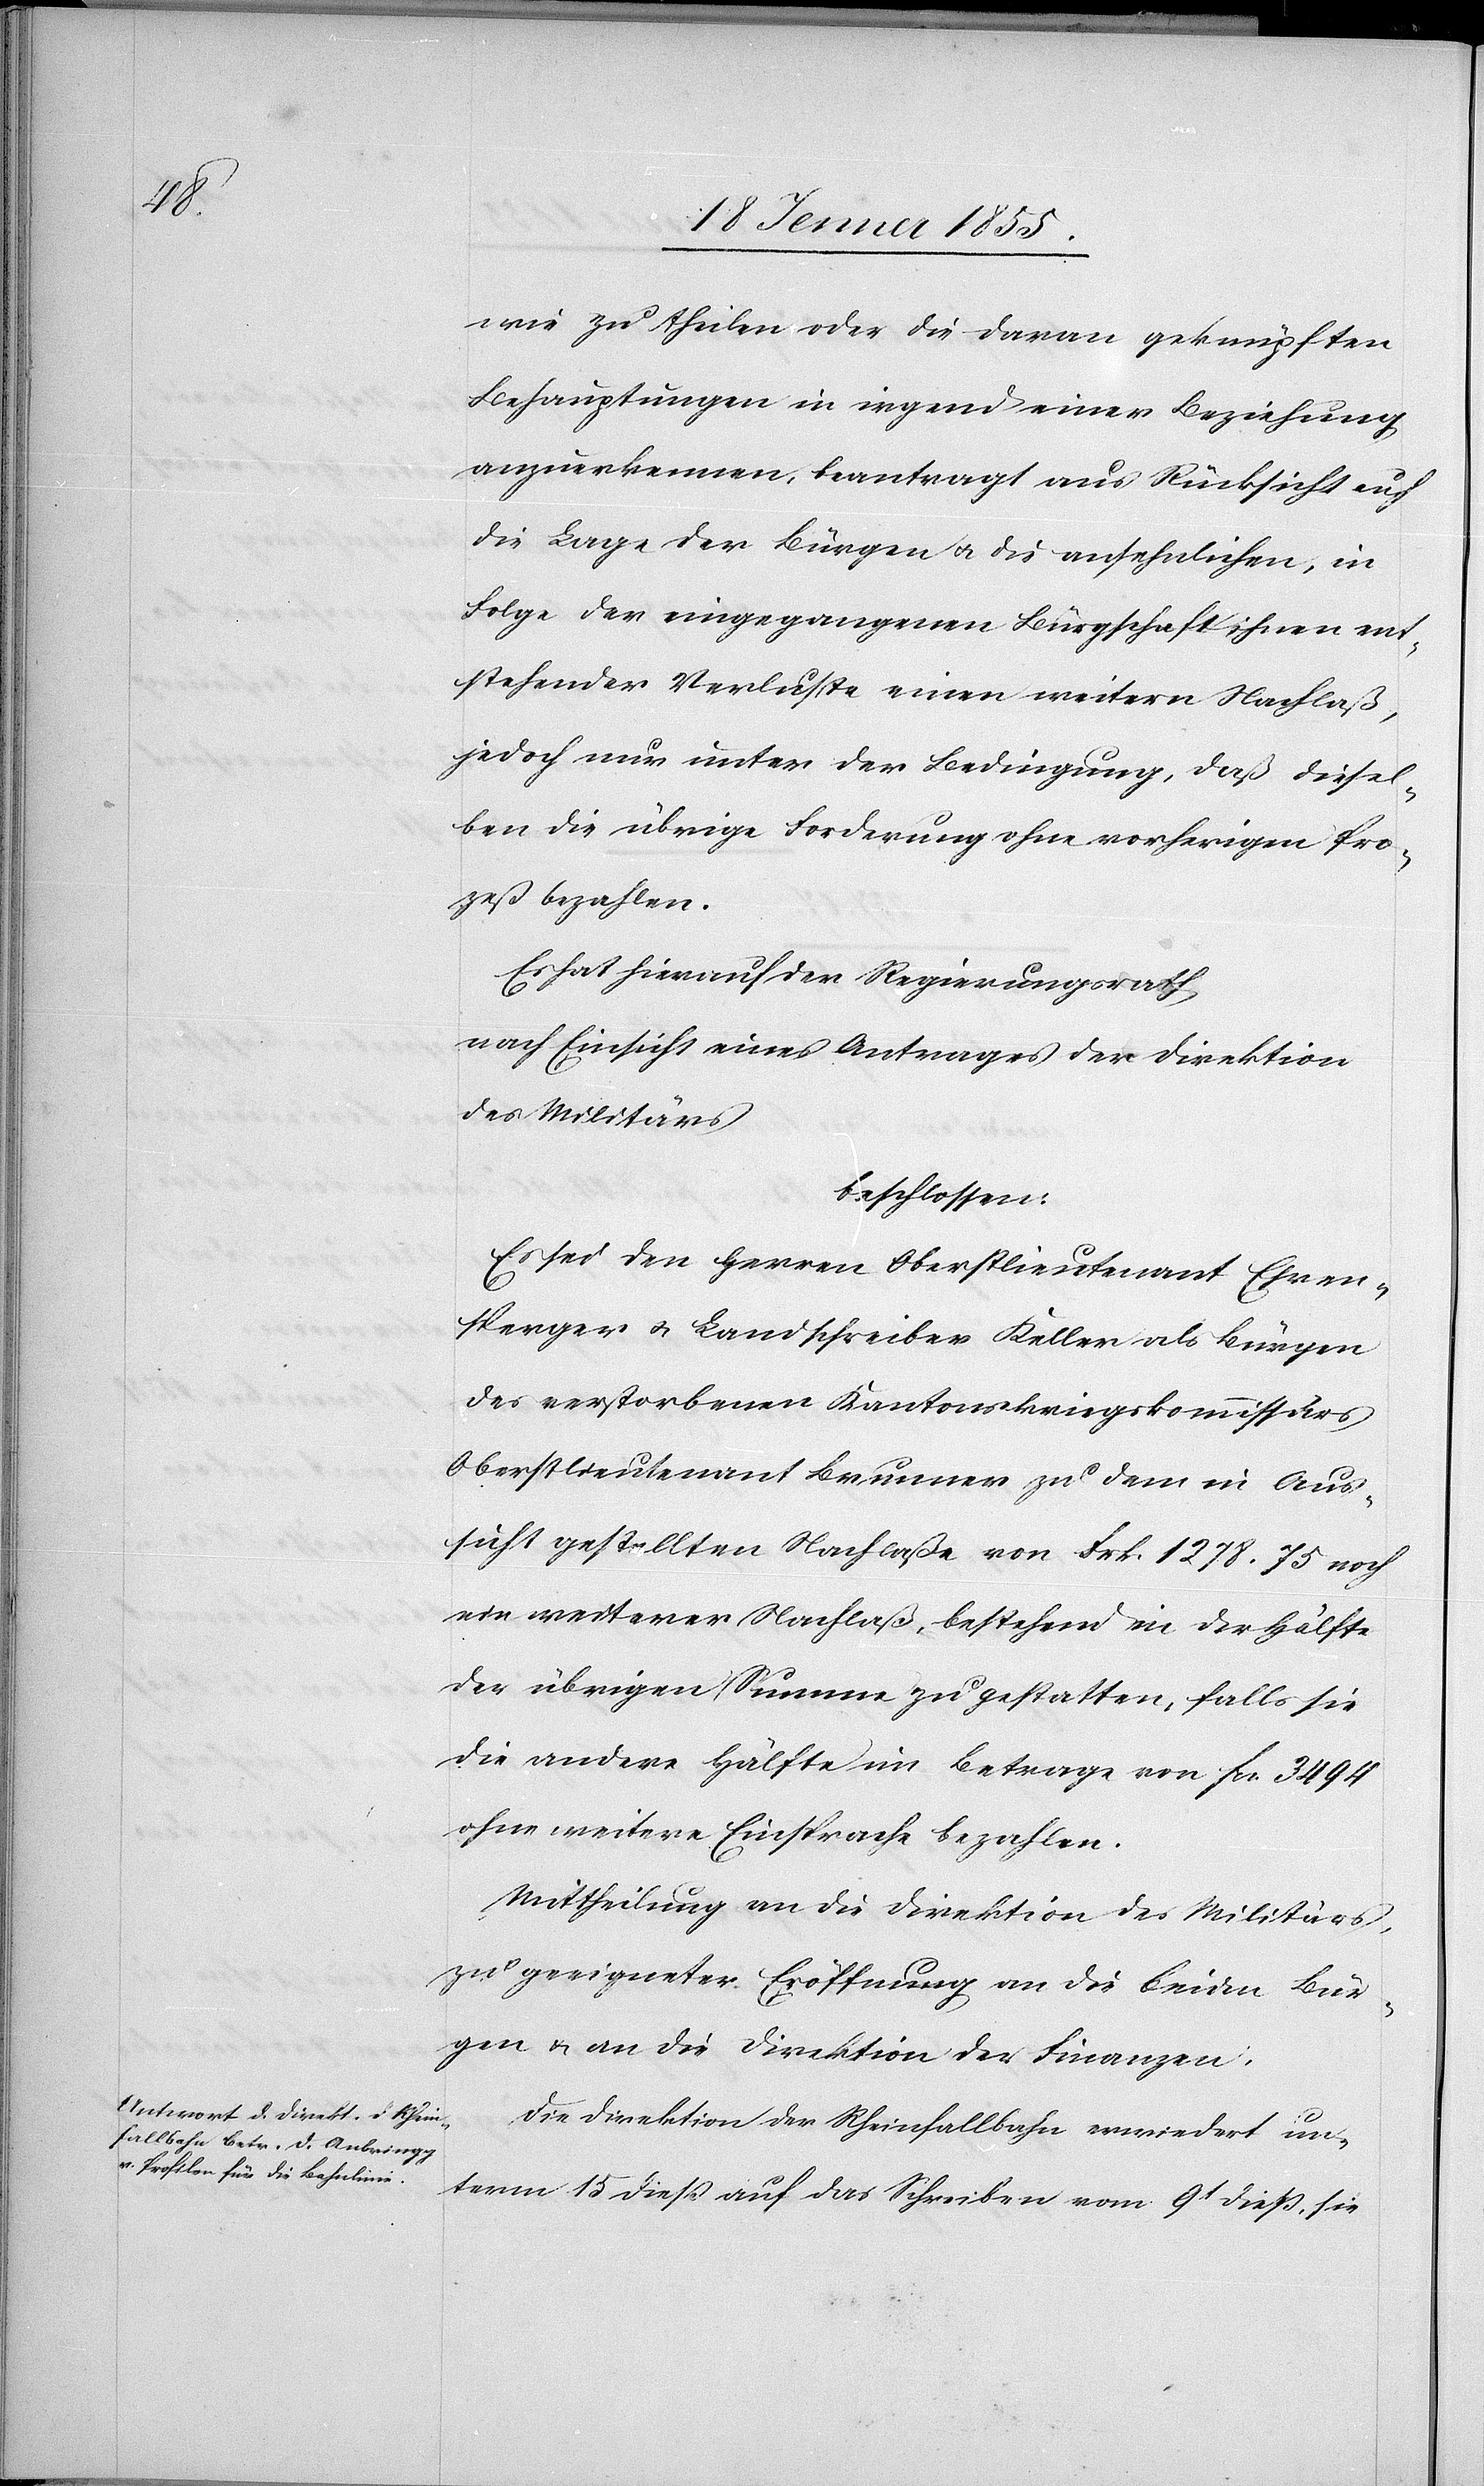
wie zu theilen oder die daran geknüpften
Behauptungen in irgend einer Beziehung
anzuerkennen, beantragt aus Rücksicht auf
die Lage der Bürgen & die ansehnlichen, in
Folge der eingegangenen Bürgschaft ihnen ent¬
stehender Verluste einen weitern Nachlaß,
jedoch nur unter der Bedingung, daß diesel¬
ben die übrige Forderung ohne vorherigen Pro¬
zeß bezahlen.
Es hat hierauf der Regierungsrath
nach Einsicht eines Antrages der Direktion
des Militärs
beschlossen:
Es sei den Herren Oberstlieutenant Ehren¬
sperger & Landschreiber Keller als Bürgen
des verstorbenen Kantonskriegskommissärs
Oberstlieutenant Brunner zu dem in Aus¬
sicht gestellten Nachlaße von Frk. 1278. 75 noch
ein weiterer Nachlaß, bestehend in der Hälfte
der übrigen Summe zu gestatten, falls sie
die andere Hälfte im Betrage von Fcs. 3494
ohne weitere Einsprache bezahlen.
Mittheilung an die Direktion des Militärs,
zu geeigneter Eröffnung an die beiden Bür¬
gen & an die Direktion der Finanzen.
Die Direktion der Rheinfallbahn erwiedert un¬
term 15 dieß auf das Schreiben vom 9t dieß, sie